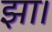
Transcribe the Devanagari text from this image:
झा।